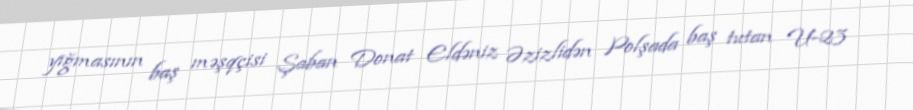
yığmasının baş məşqçisi Şaban Donat Eldəniz Əzizlidən Polşada baş tutan U-23